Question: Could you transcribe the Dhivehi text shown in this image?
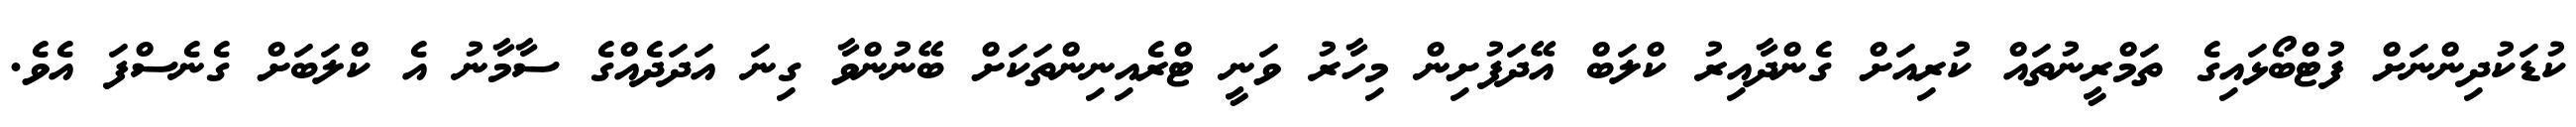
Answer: ކުޑަކުދިންނަށް ފުޓްބޯޅައިގެ ތަމްރީނުތައް ކުރިއަށް ގެންދާއިރު ކްލަބް އޭދަފުށިން މިހާރު ވަނީ ޓްރެއިނިންތަކަށް ބޭނުންވާ ގިނަ އަދަދެއްގެ ސާމާނު އެ ކްލަބަށް ގެނެސްފަ އެވެ.